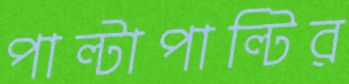
পাল্টাপাল্টির